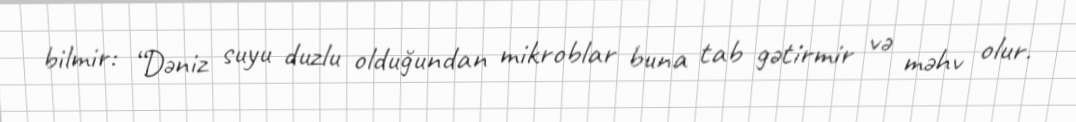
bilmir: “Dəniz suyu duzlu olduğundan mikroblar buna tab gətirmir və məhv olur.